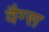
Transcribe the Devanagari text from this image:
वैग्स